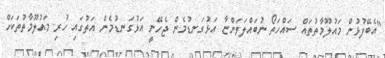
"އެބޭފުޅުން މައުލޫމާތުތައް ސައްހަތޯ ނުބައްލަވަންޏާ އަޅުގަނޑުމެން ޖެހޭނީ އަޅުގަނޑުމެން އަތުގައި ހުރި މައުލޫމާތުތަކަށް